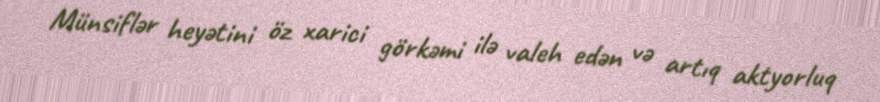
Münsiflər heyətini öz xarici görkəmi ilə valeh edən və artıq aktyorluq